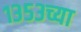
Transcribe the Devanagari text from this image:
१३५३च्या